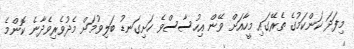
މިފަދަ ކަންކަމުގެ ތެރޭގައި މީހާއަށް ވޭން އިހުސާސްވެ ހަށިގަނޑު ބަލިވުމަށް މެދުވެރިވެދާނެ ކޮންމެ